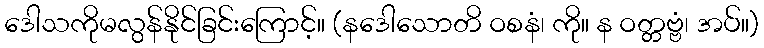
ဒေါသကိုမလွန်နိုင်ခြင်းကြောင့်။ (နဒေါသောတိ ဝစနံ၊ ကို။ န ဝတ္တဗ္ဗံ၊ အပ်။)